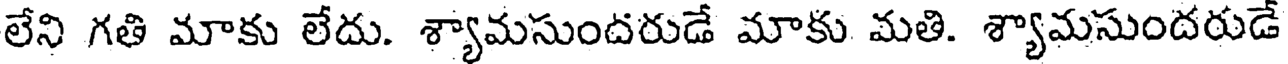
లేని గతి మాకు లేదు. శ్యామసుందరుడే మాకు మతి. శ్యామసుందరుడే